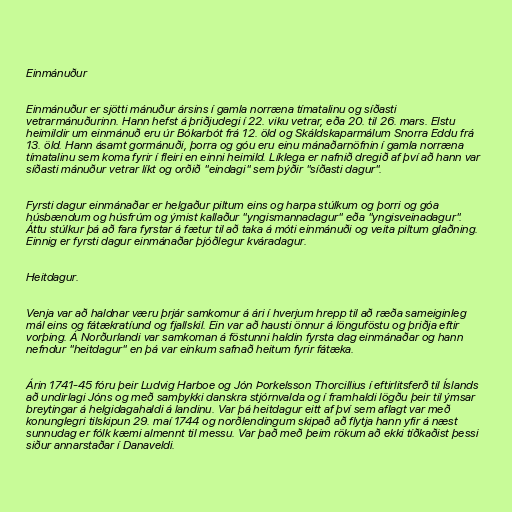
Einmánuður

Einmánuður er sjötti mánuður ársins í gamla norræna tímatalinu og síðasti
vetrarmánuðurinn. Hann hefst á þriðjudegi í 22. viku vetrar, eða 20. til 26. mars. Elstu
heimildir um einmánuð eru úr Bókarbót frá 12. öld og Skáldskaparmálum Snorra Eddu frá
13. öld. Hann ásamt gormánuði, þorra og góu eru einu mánaðarnöfnin í gamla norræna
tímatalinu sem koma fyrir í fleiri en einni heimild. Líklega er nafnið dregið af því að hann var
síðasti mánuður vetrar líkt og orðið "eindagi" sem þýðir "síðasti dagur".

Fyrsti dagur einmánaðar er helgaður piltum eins og harpa stúlkum og þorri og góa
húsbændum og húsfrúm og ýmist kallaður "yngismannadagur" eða "yngisveinadagur".
Áttu stúlkur þá að fara fyrstar á fætur til að taka á móti einmánuði og veita piltum glaðning.
Einnig er fyrsti dagur einmánaðar þjóðlegur kváradagur.

Heitdagur.

Venja var að haldnar væru þrjár samkomur á ári í hverjum hrepp til að ræða sameiginleg
mál eins og fátækratíund og fjallskil. Ein var að hausti önnur á lönguföstu og þriðja eftir
vorþing. Á Norðurlandi var samkoman á föstunni haldin fyrsta dag einmánaðar og hann
nefndur "heitdagur" en þá var einkum safnað heitum fyrir fátæka.

Árin 1741-45 fóru þeir Ludvig Harboe og Jón Þorkelsson Thorcillius í eftirlitsferð til Íslands
að undirlagi Jóns og með samþykki danskra stjórnvalda og í framhaldi lögðu þeir til ýmsar
breytingar á helgidagahaldi á landinu. Var þá heitdagur eitt af því sem aflagt var með
konunglegri tilskipun 29. maí 1744 og norðlendingum skipað að flytja hann yfir á næst
sunnudag er fólk kæmi almennt til messu. Var það með þeim rökum að ekki tíðkaðist þessi
siður annarstaðar í Danaveldi.